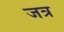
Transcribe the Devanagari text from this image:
जत्र